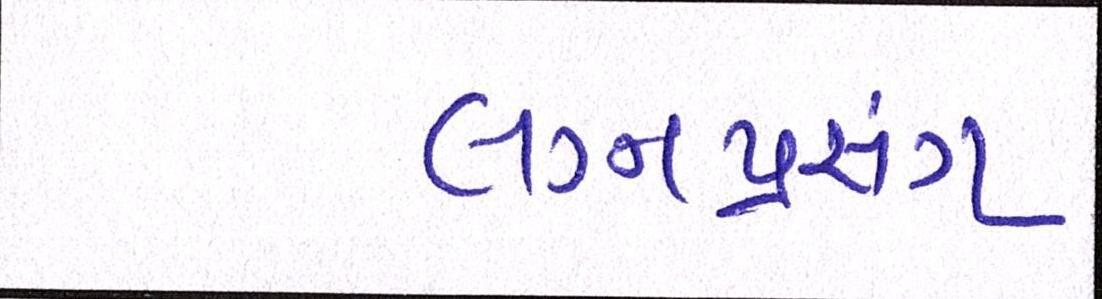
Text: લગ્નપ્રસંગ